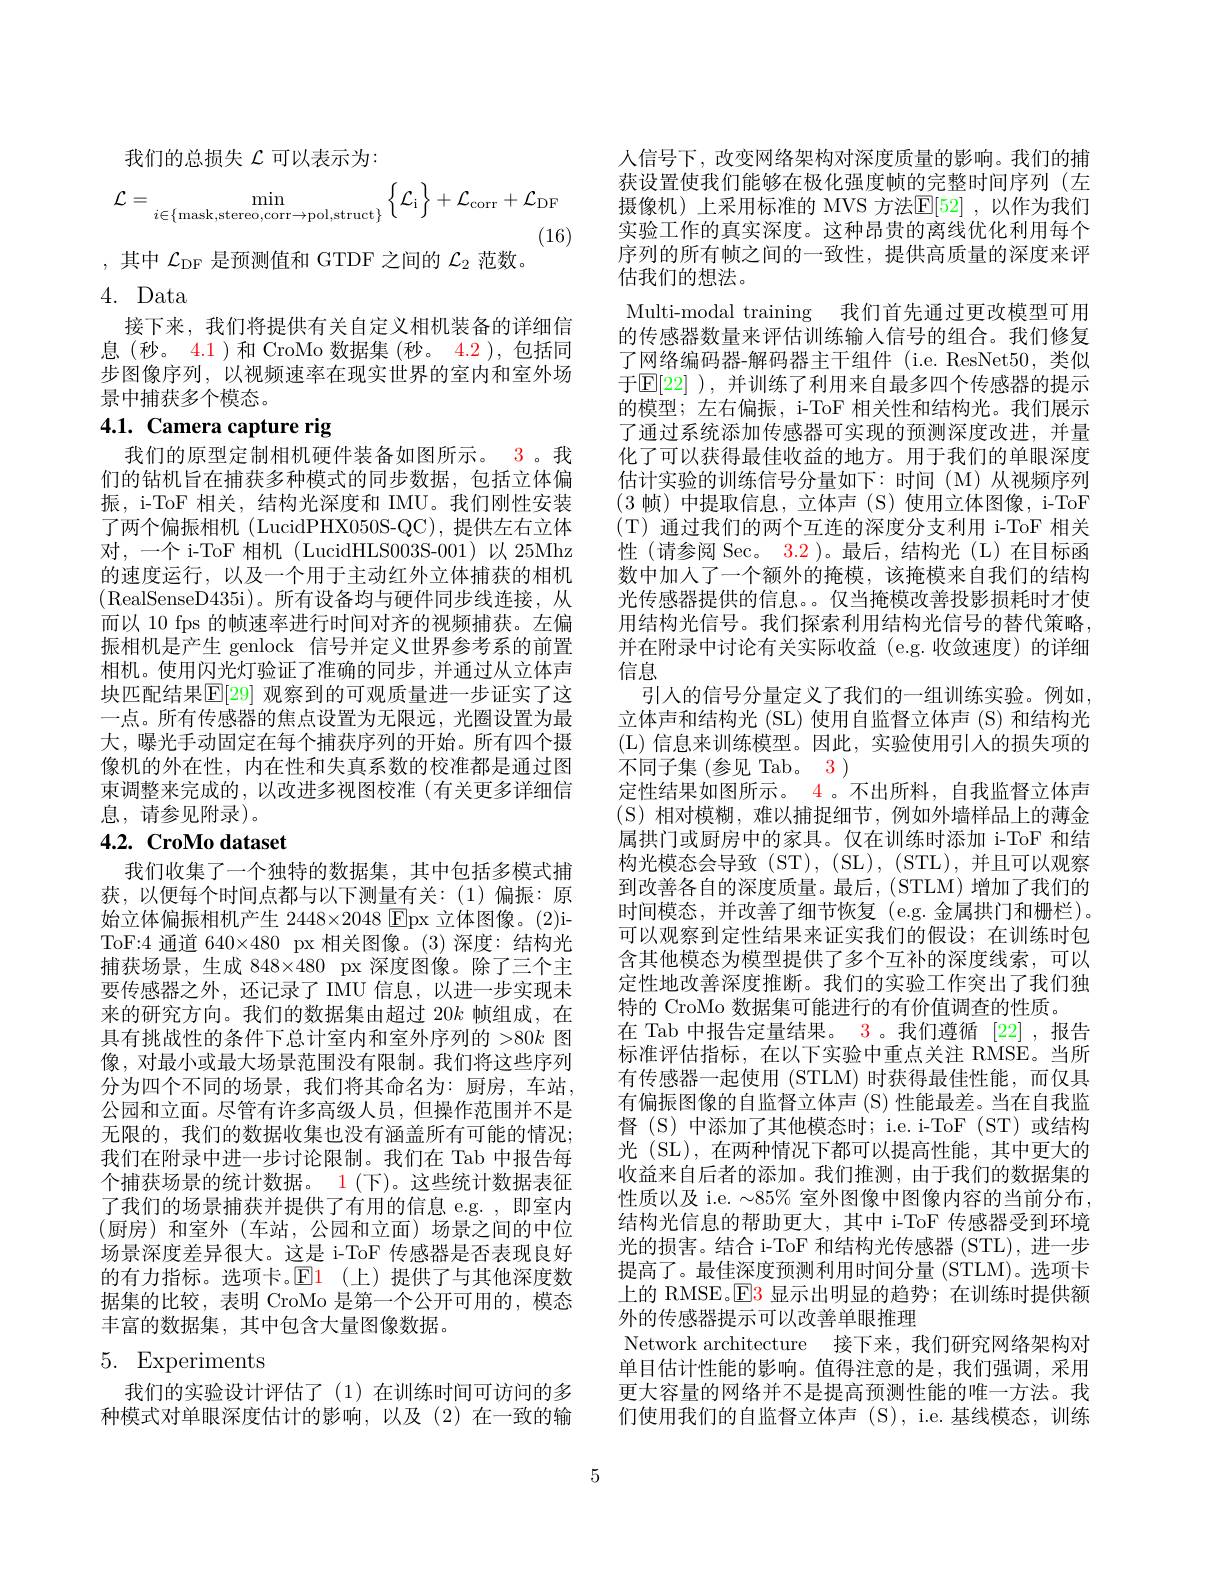
我们的总损失$\mathcal{L}$可以表示为：
$$\mathcal{L}=\min_{i\in\{\text{mask,stereo,corr}\to\text{pol,struct}\}}\left\{\mathcal{L}_{\mathrm{i}}\right\}+\mathcal{L}_{\mathrm{corr}}+\mathcal{L}_{\mathrm{DF}}$$
(16)

,其中$\mathcal{L}_\mathrm{DF}$是预测值和 GTDF 之间的$\mathcal{L}_2$范数
4. Data
接下来，我们将提供有关自定义相机装备的详细信息(秒。4.1)和 CroMo 数据集(秒。4.2 ),包括同步图像序列，以视频速率在现实世界的室内和室外场景中捕获多个模态。

# 4.1. Camera capture rig

我们的原型定制相机硬件装备如图所示。3。我们的钻机旨在捕获多种模式的同步数据，包括立体偏振，i-ToF 相关，结构光深度和 IMU。我们刚性安装了两个偏振相机 (LucidPHX050S-QC),提供左右立体对，一个 i-ToF 相机(LucidHLS003S-001)以 25Mhz 的速度运行，以及一个用于主动红外立体捕获的相机(RealSenseD435i)。所有设备均与硬件同步线连接，从而以 10 fps 的帧速率进行时间对齐的视频捕获。左偏振相机是产生 genlock 信号并定义世界参考系的前置相机。使用闪光灯验证了准确的同步，并通过从立体声块匹配结果$\mathbb{E}[$29] 观察到的可观质量进一步证实了这一点。所有传感器的焦点设置为无限远，光圈设置为最大，曝光手动固定在每个捕获序列的开始。所有四个摄像机的外在性，内在性和失真系数的校准都是通过图束调整来完成的，以改进多视图校准(有关更多详细信息，请参见附录)。
$4. 2. \textbf{CroMo dataset}$

我们收集了一个独特的数据集，其中包括多模式捕获，以便每个时间点都与以下测量有关：(1)偏振：原始立体偏振相机产生 2448×2048 Epx 立体图像。(2)iToF:4 通道 640×480 px 相关图像。(3)深度：结构光捕获场景，生成 848×480 px 深度图像。除了三个主要传感器之外，还记录了 IMU 信息，以进一步实现未来的研究方向。我们的数据集由超过 20$k$帧组成，在具有挑战性的条件下总计室内和室外序列的 >80$k$图像，对最小或最大场景范围没有限制。我们将这些序列分为四个不同的场景，我们将其命名为：厨房，车站， 公园和立面。尽管有许多高级人员，但操作范围并不是无限的，我们的数据收集也没有涵盖所有可能的情况； 我们在附录中进一步讨论限制。我们在 Tab 中报告每个捕获场景的统计数据。1(下)。这些统计数据表征了我们的场景捕获并提供了有用的信息 e.g. ,即室内(厨房)和室外(车站，公园和立面)场景之间的中位场景深度差异很大。这是 i-ToF 传感器是否表现良好的有力指标。选项卡。$\color{red}{\color{red}{E}1}$(上)提供了与其他深度数据集的比较，表明 CroMo 是第一个公开可用的，模态丰富的数据集，其中包含大量图像数据。

# 5. Experiments

我们的实验设计评估了(1)在训练时间可访问的多种模式对单眼深度估计的影响，以及(2)在一致的输

人信号下，改变网络架构对深度质量的影响。我们的捕获设置使我们能够在极化强度帧的完整时间序列(左摄像机)上采用标准的 MVS 方法$\mathbb{E}[52]$ ,以作为我们实验工作的真实深度。这种昂贵的离线优化利用每个序列的所有帧之间的一致性，提供高质量的深度来评估我们的想法。
Multi-modal training 我们首先通过更改模型可用的传感器数量来评估训练输入信号的组合。我们修复了网络编码器-解码器主干组件 (i.e. ResNet50, 类似于$\mathbb{E}[22]$ ),并训练了利用来自最多四个传感器的提示的模型；左右偏振，i-ToF 相关性和结构光。我们展示了通过系统添加传感器可实现的预测深度改进，并量化了可以获得最佳收益的地方。用于我们的单眼深度估计实验的训练信号分量如下：时间(M)从视频序列(3帧)中提取信息，立体声(S)使用立体图像，i-ToF (T) 通过我们的两个互连的深度分支利用 i-ToF 相关性 (请参阅 Sec。3.2 )。最后，结构光(L)在目标函数中加入了一个额外的掩模，该掩模来自我们的结构光传感器提供的信息。。仅当掩模改善投影损耗时才使用结构光信号。我们探索利用结构光信号的替代策略， 并在附录中讨论有关实际收益(e.g.收敛速度)的详细信息
引入的信号分量定义了我们的一组训练实验。例如， 立体声和结构光 (SL) 使用自监督立体声 (S) 和结构光(L)信息来训练模型。因此，实验使用引人的损失项的不同子集(参见 Tab。3)
定性结果如图所示。$\color{red}{4}$。不出所料，自我监督立体声(S)相对模糊，难以捕捉细节，例如外墙样品上的薄金属拱门或厨房中的家具。仅在训练时添加 i-ToF 和结构光模态会导致(ST),(SL),(STL),并且可以观察到改善各自的深度质量。最后，(STLM)增加了我们的时间模态，并改善了细节恢复(e.g.金属拱门和栅栏)。可以观察到定性结果来证实我们的假设；在训练时包含其他模态为模型提供了多个互补的深度线索，可以定性地改善深度推断。我们的实验工作突出了我们独特的 CroMo 数据集可能进行的有价值调查的性质。
在 Tab 中报告定量结果。3 。我们遵循 [22] ,报告标准评估指标，在以下实验中重点关注 RMSE。当所有传感器一起使用 (STLM) 时获得最佳性能，而仅具有偏振图像的自监督立体声(S) 性能最差。当在自我监督 (S) 中添加了其他模态时；i.e. i-ToF (ST) 或结构光 (SL), 在两种情况下都可以提高性能，其中更大的收益来自后者的添加。我们推测，由于我们的数据集的性质以及 i.e. $\sim85\%$室外图像中图像内容的当前分布， 结构光信息的帮助更大，其中 i-ToF 传感器受到环境光的损害。结合 i-ToF 和结构光传感器 (STL),进一步提高了。最佳深度预测利用时间分量 (STLM)。选项卡上的 RMSE。$\mathsf{E}\color{red}{3}$显示出明显的趋势；在训练时提供额外的传感器提示可以改善单眼推理
Network architecture 接下来，我们研究网络架构对单目估计性能的影响。值得注意的是，我们强调，采用更大容量的网络并不是提高预测性能的唯一方法。我们使用我们的自监督立体声(S),i.e.基线模态，训练

5